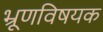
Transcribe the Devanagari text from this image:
भ्रूणविषयक